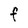
Character: F